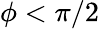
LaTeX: \phi<\pi/2